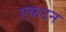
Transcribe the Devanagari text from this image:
एकटन